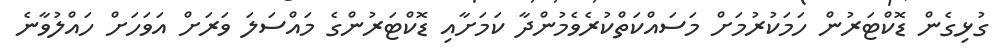
ގުޅިގެން ޑޮކްޓަރުން ހަމަކުރުމަށް މަސައްކަތްކުރެވެމުންދާ ކަމަށާއި ޑޮކްޓަރުންގެ މައްސަލަ ވަރަށް އަވަހަށް ހައްލުވާނެ